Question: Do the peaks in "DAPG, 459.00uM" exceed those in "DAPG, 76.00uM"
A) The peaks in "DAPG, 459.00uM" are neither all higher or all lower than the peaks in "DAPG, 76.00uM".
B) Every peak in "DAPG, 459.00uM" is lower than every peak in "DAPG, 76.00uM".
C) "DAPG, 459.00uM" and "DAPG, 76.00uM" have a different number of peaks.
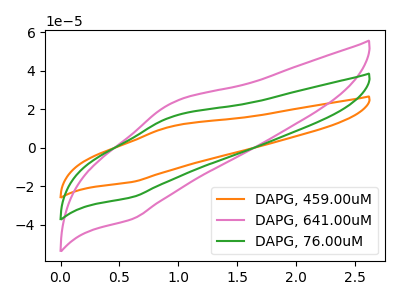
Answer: <think>The orange curve "DAPG, 459.00uM" has an anodic peak at (0.95V, 11.10uA) and a cathodic peak at (0.60V, -17.75uA). The pink curve "DAPG, 641.00uM" has an anodic peak at (0.95V, 32.00uA) and a cathodic peak at (0.60V, -51.30uA). The green curve "DAPG, 76.00uM" has an anodic peak at (0.95V, 16.00uA) and a cathodic peak at (0.60V, -25.65uA).</think>
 <answer>B) Every peak in "DAPG, 459.00uM" is lower than every peak in "DAPG, 76.00uM".</answer>
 <eval>B</eval>